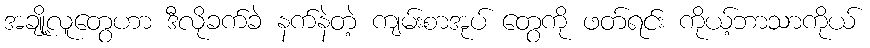
အချို့လူတွေဟာ ဒီလိုခက်ခဲ နက်နဲတဲ့ ကျမ်းစာအုပ် တွေကို ဖတ်ရင်း ကိုယ့်ဘာသာကိုယ်